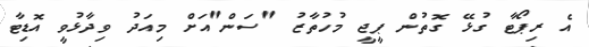
އެ ރިޕޯޓާ ގުޅޭ ގޮތުން ޕީޖީ މުހުތާޒު "ސަން"އަށް މިއަދު ވިދާޅުވީ އޮޑިޓާ